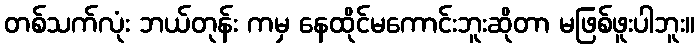
တစ်သက်လုံး ဘယ်တုန်း ကမှ နေထိုင်မကောင်းဘူးဆိုတာ မဖြစ်ဖူးပါဘူး။